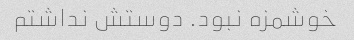
خوشمزه نبود. دوستش نداشتم